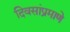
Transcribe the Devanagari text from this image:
दिवसांप्रमाणे